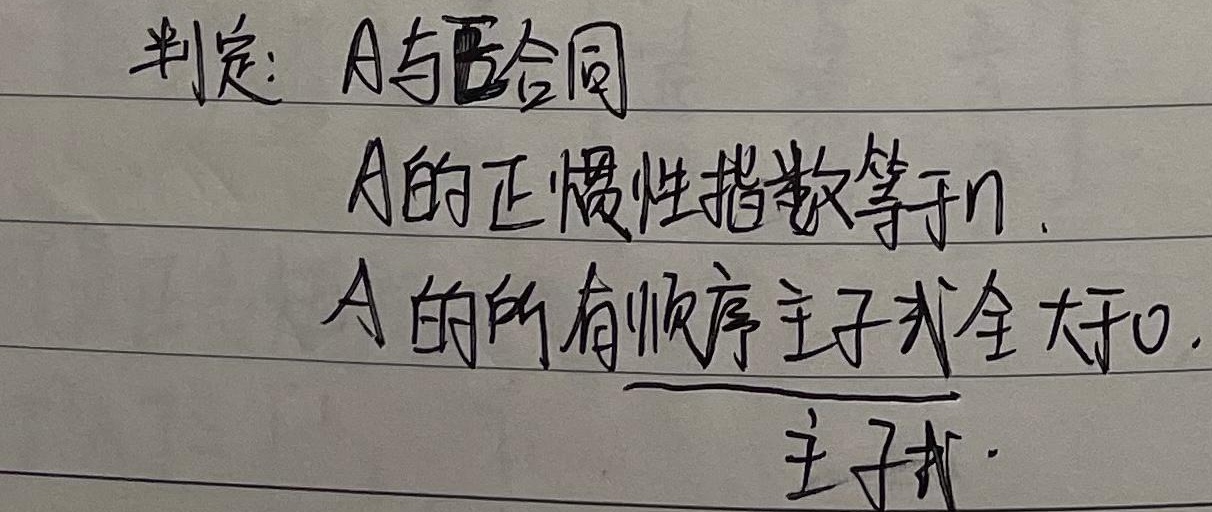
判定：\(A\)与\(E\)合同 \(\Leftrightarrow\) \(A\)的正惯性指数等于\(n\) ；\(\Leftrightarrow\) \(A\)的所有顺序主子式全大于\(0\)。（主子式）